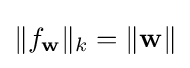
\|f_{\mathbf {w} }\|_{k}=\|\mathbf {w} \|